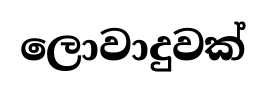
ලොවාදුවක්